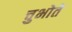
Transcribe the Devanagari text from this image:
चुभोते